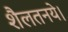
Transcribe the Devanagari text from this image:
शैलतनये।